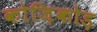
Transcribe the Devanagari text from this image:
कोज़िकोड़